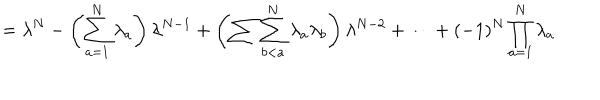
= \lambda ^ { N } - \left( \sum _ { a = 1 } ^ { N } \lambda _ { a } \right) \lambda ^ { N - 1 } + \left( \sum \sum _ { b < a } ^ { N } \lambda _ { a } \lambda _ { b } \right) \lambda ^ { N - 2 } + \dots + ( - 1 ) ^ { N } \prod _ { a = 1 } ^ { N } \lambda _ { a }